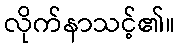
လိုက်နာသင့်၏။